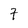
Character: 7